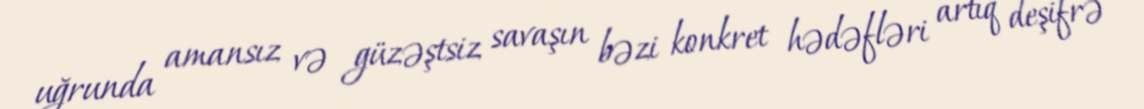
uğrunda amansız və güzəştsiz savaşın bəzi konkret hədəfləri artıq deşifrə